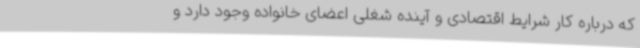
که درباره کار شرایط اقتصادی و آینده شغلی اعضای خانواده وجود دارد و